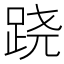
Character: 跷